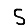
Digit: 5